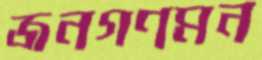
জনগণমন